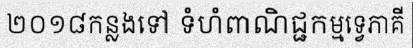
២០១៨កន្លងទៅ ទំហំពាណិជ្ជកម្មទ្វេភាគី